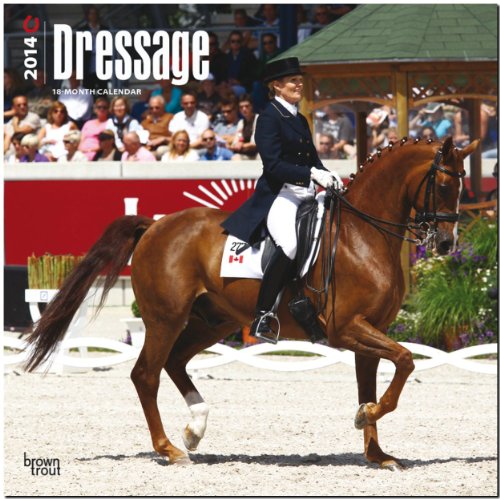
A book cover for Dressage Calendar (Multilingual Edition); Calendars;